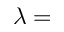
\lambda =